Eesti_Rahvusfond, lk 94
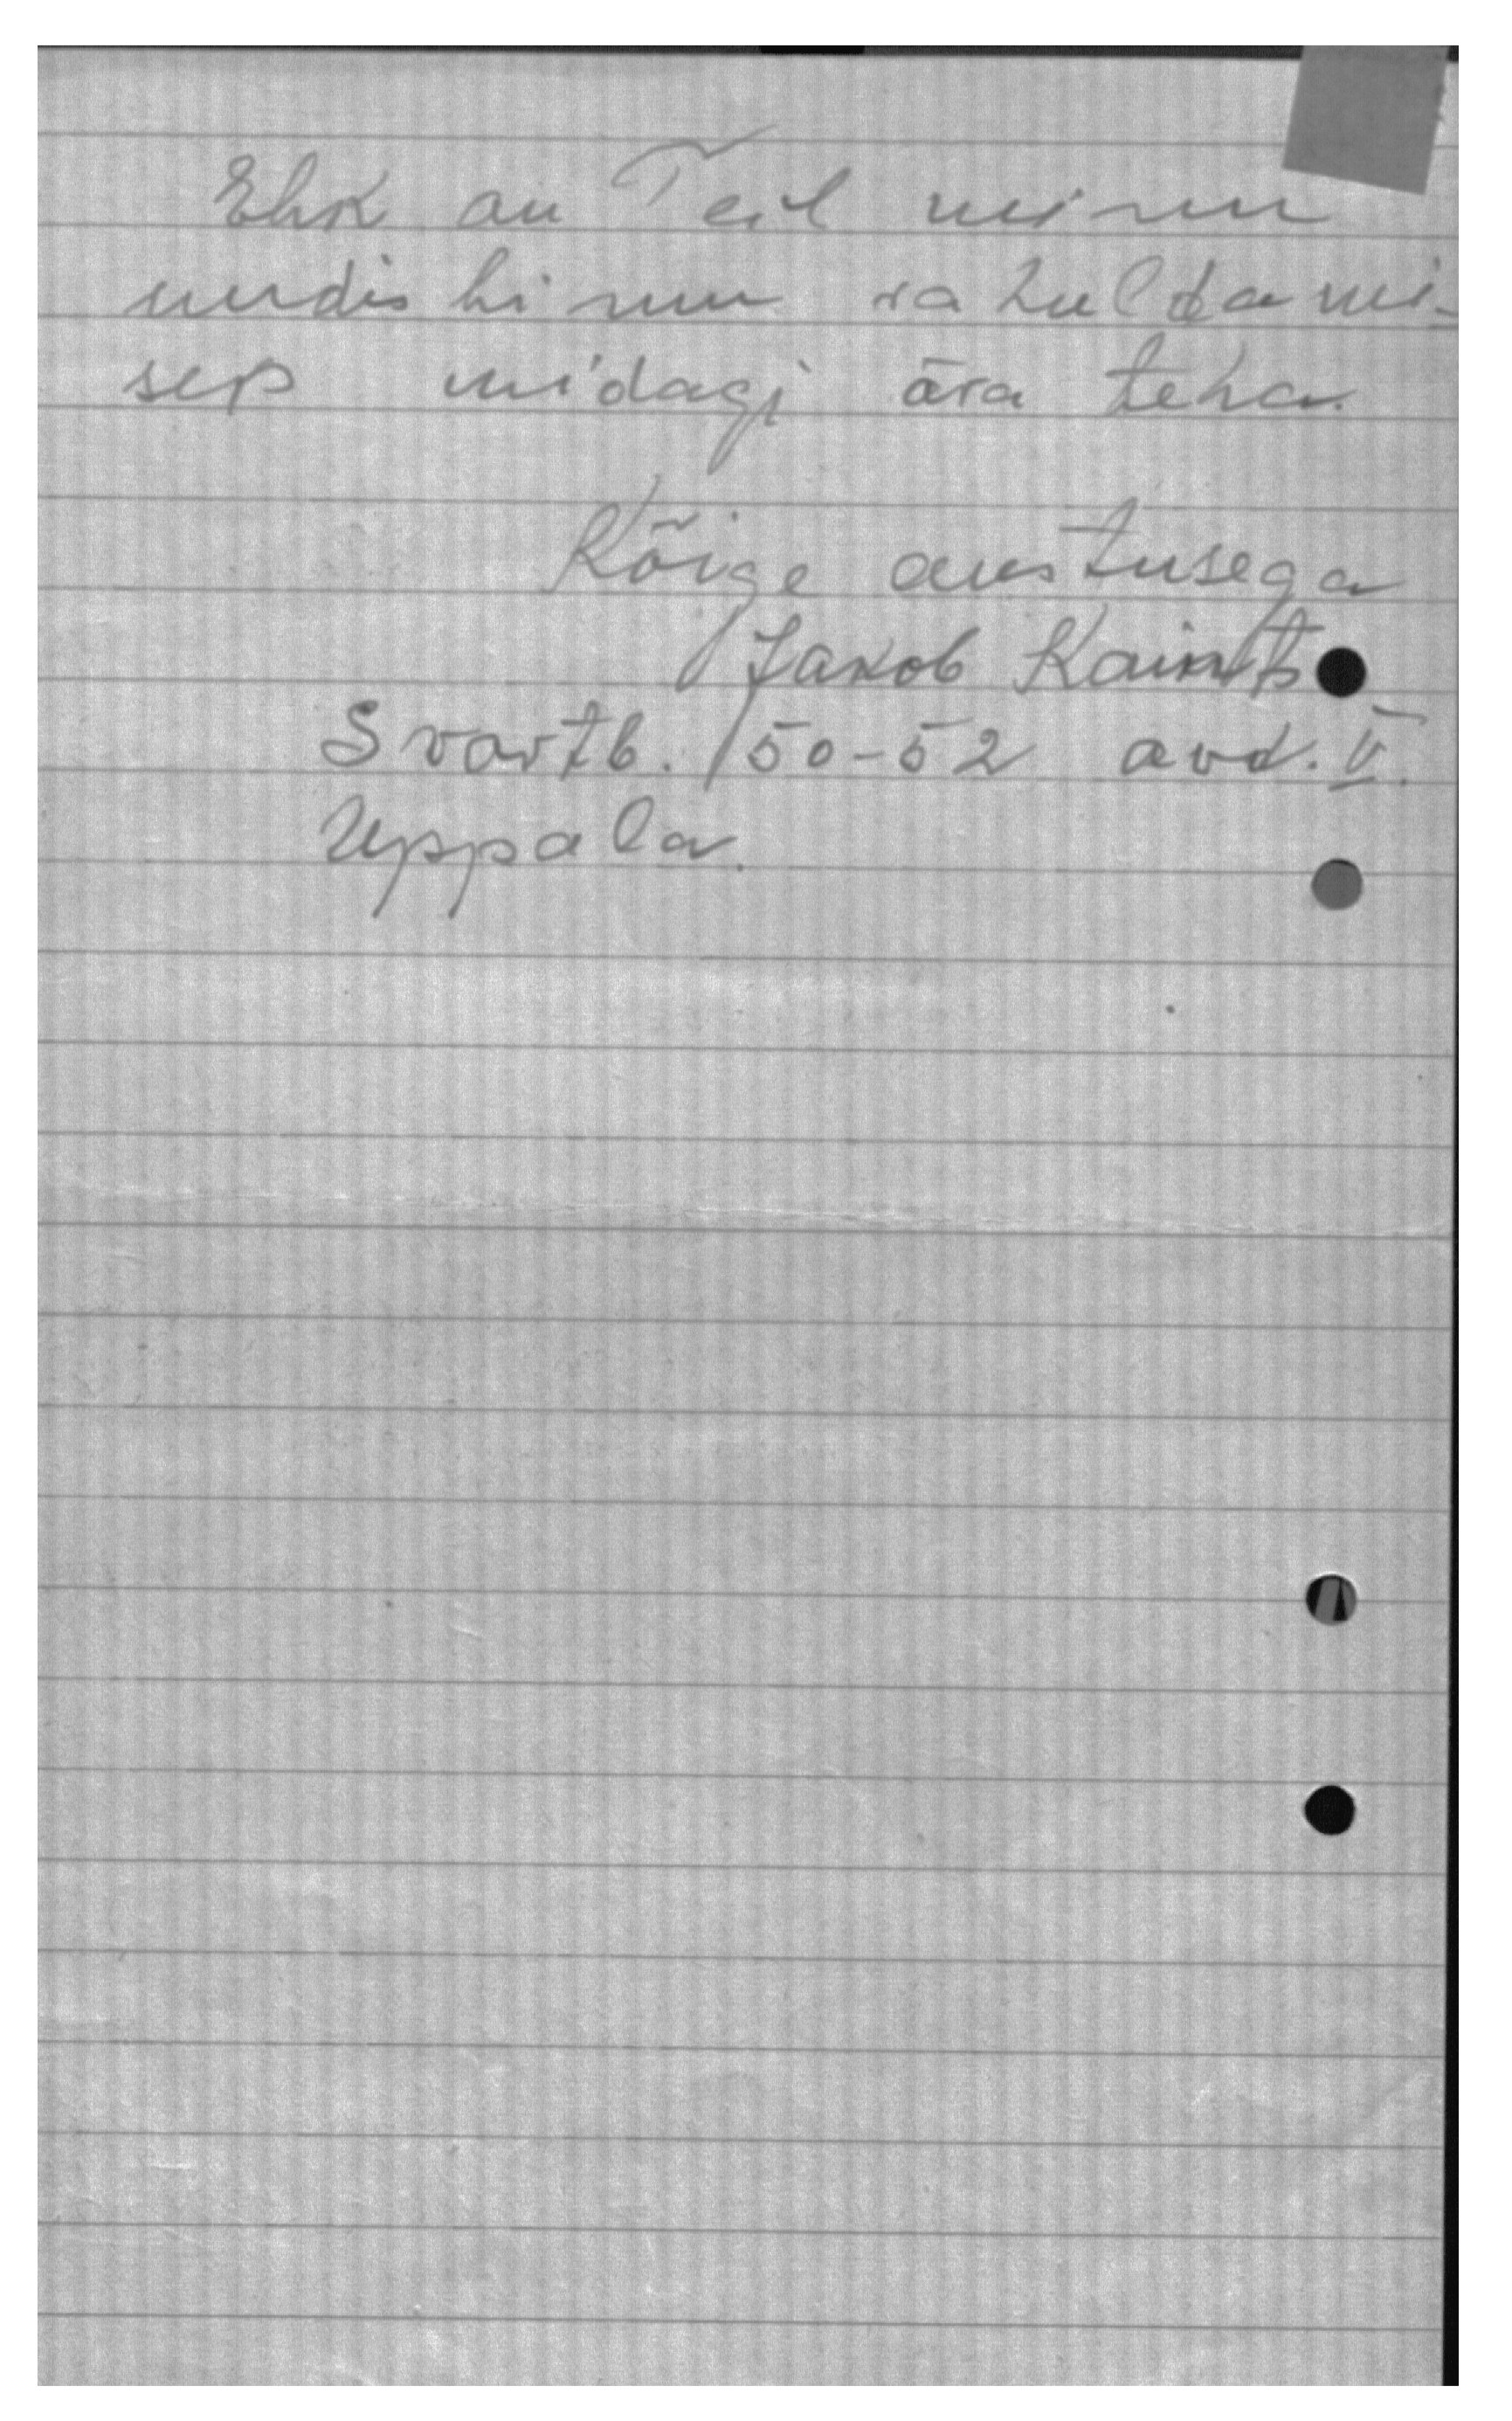
Ehk on Teil minu
uudishimu rahuldami-
seks midagi ära teha
Kõige austusega
Jakob Kaints
S vastb. 50-52 avd. V.
Uppala